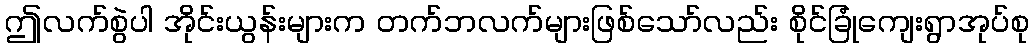
ဤလက်စွဲပါ အိုင်းယွန်းများက တက်ဘလက်များဖြစ်သော်လည်း စိုင်ခြုံကျေးရွာအုပ်စု